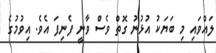
ލައްވައި މި ބަޔަކު އުޅުނު ގޮތް ވެސް ވާނީ ފެނިފަ އެވެ. އިވުމުގެ